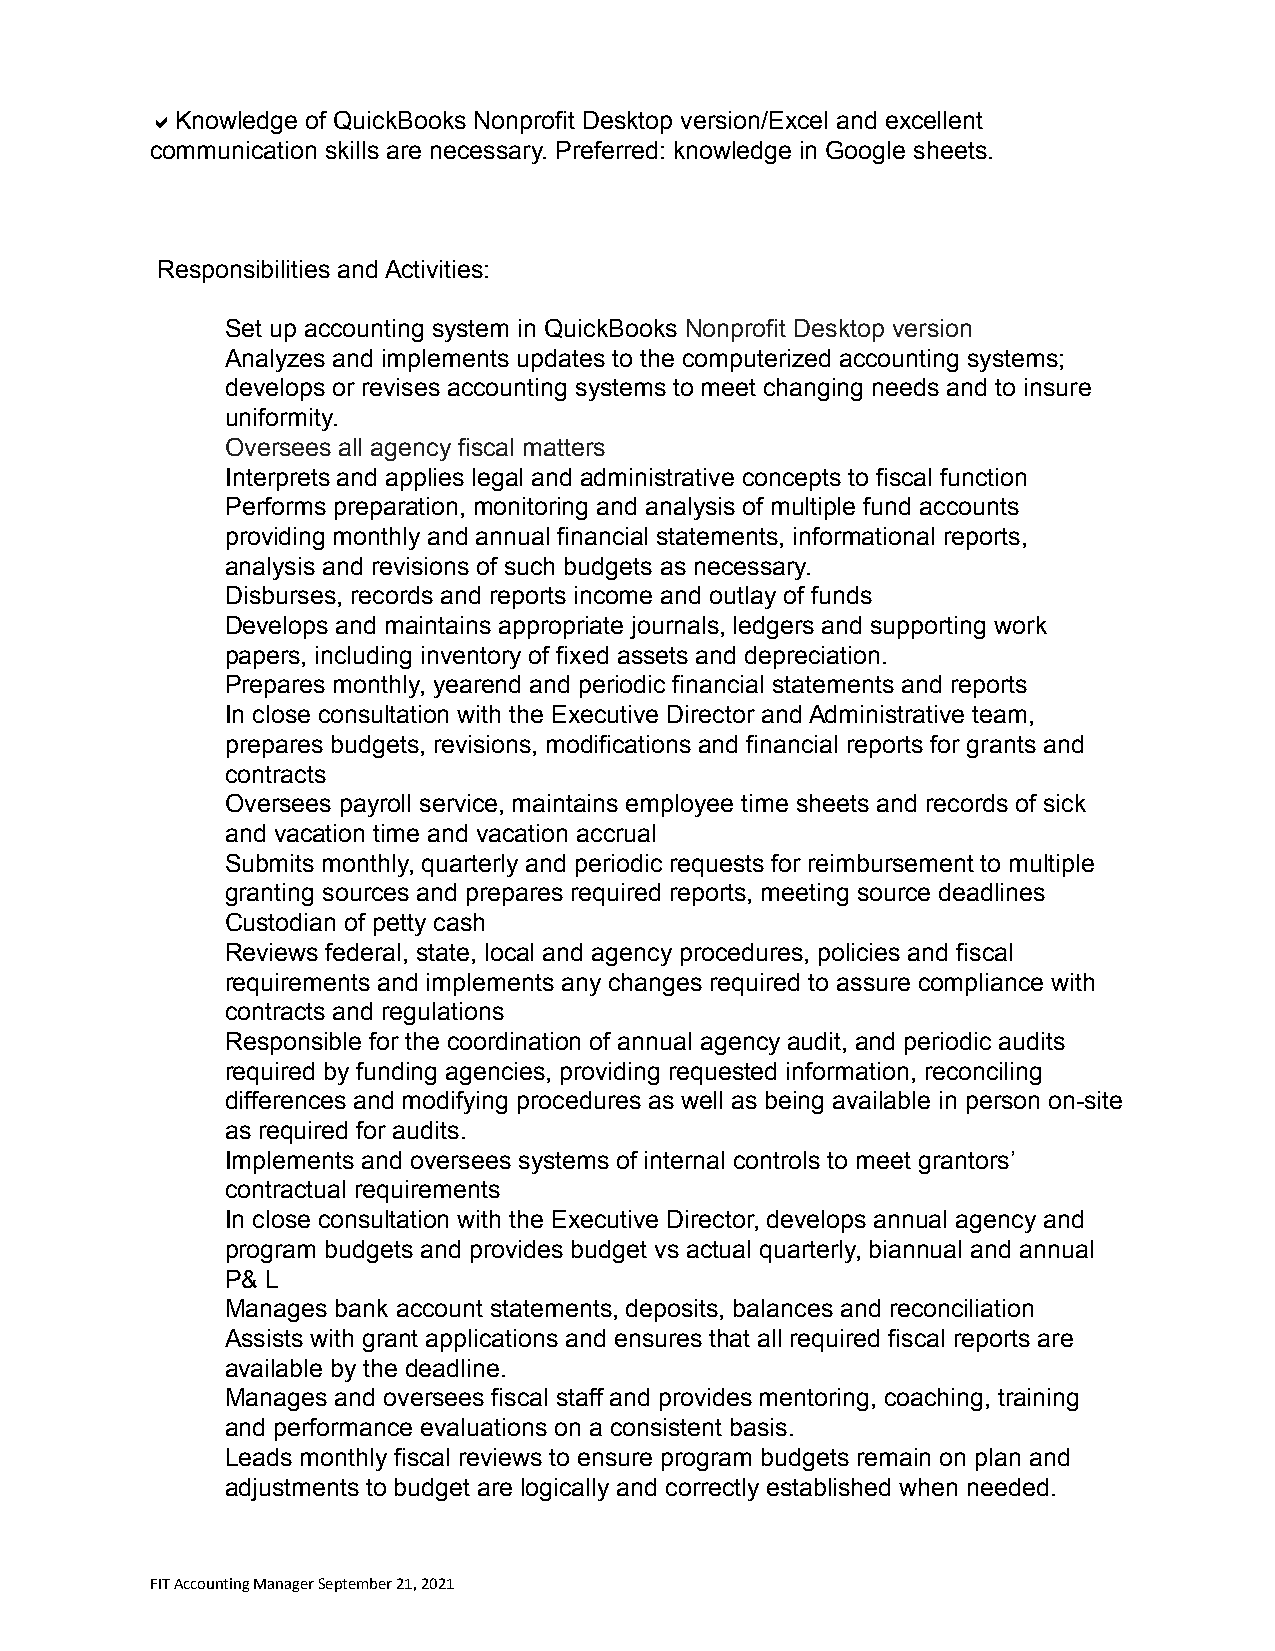
Knowledge of QuickBooks Nonprofit Desktop version/Excel and excellent
 communication skills are necessary. Preferred: knowledge in Google sheets.
 Responsibilities and Activities:
 Set up accounting system in QuickBooks Nonprofit Desktop version
 Analyzes and implements updates to the computerized accounting systems;
 develops or revises accounting systems to meet changing needs and to insure
 uniformity.
 Oversees all agency fiscal matters
 Interprets and applies legal and administrative concepts to fiscal function
 Performs preparation, monitoring and analysis of multiple fund accounts
 providing monthly and annual financial statements, informational reports,
 analysis and revisions of such budgets as necessary.
 Disburses, records and reports income and outlay of funds
 Develops and maintains appropriate journals, ledgers and supporting work
 papers, including inventory of fixed assets and depreciation.
 Prepares monthly, yearend and periodic financial statements and reports
 In close consultation with the Executive Director and Administrative team,
 prepares budgets, revisions, modifications and financial reports for grants and
 contracts
 Oversees payroll service, maintains employee time sheets and records of sick
 and vacation time and vacation accrual
 Submits monthly, quarterly and periodic requests for reimbursement to multiple
 granting sources and prepares required reports, meeting source deadlines
 Custodian of petty cash
 Reviews federal, state, local and agency procedures, policies and fiscal
 requirements and implements any changes required to assure compliance with
 contracts and regulations
 Responsible for the coordination of annual agency audit, and periodic audits
 required by funding agencies, providing requested information, reconciling
 differences and modifying procedures as well as being available in person on-site
 as required for audits.
 Implements and oversees systems of internal controls to meet grantors’
 contractual requirements
 In close consultation with the Executive Director, develops annual agency and
 program budgets and provides budget vs actual quarterly, biannual and annual
 P& L
 Manages bank account statements, deposits, balances and reconciliation
 Assists with grant applications and ensures that all required fiscal reports are
 available by the deadline.
 Manages and oversees fiscal staff and provides mentoring, coaching, training
 and performance evaluations on a consistent basis.
 Leads monthly fiscal reviews to ensure program budgets remain on plan and
 adjustments to budget are logically and correctly established when needed.
 FIT Accounting Manager September 21, 2021